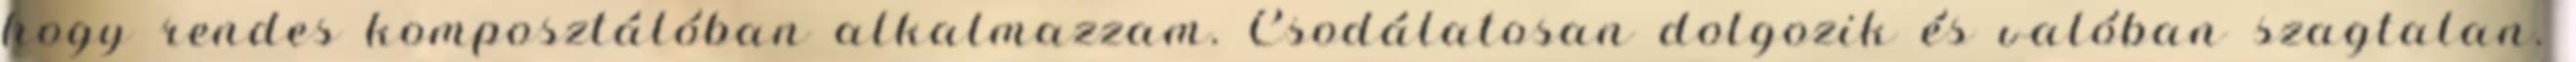
hogy rendes komposztálóban alkalmazzam. Csodálatosan dolgozik és valóban szagtalan.